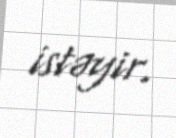
istəyir.